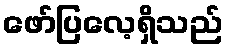
ဖော်ပြလေ့ရှိသည်